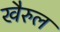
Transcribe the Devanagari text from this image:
खैरुल